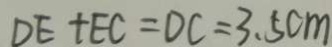
D E + E C = D C = 3 . 5 c m